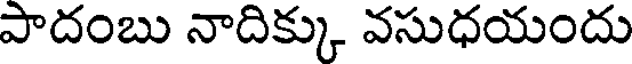
పాదంబు నాదిక్కు వసుధయందు